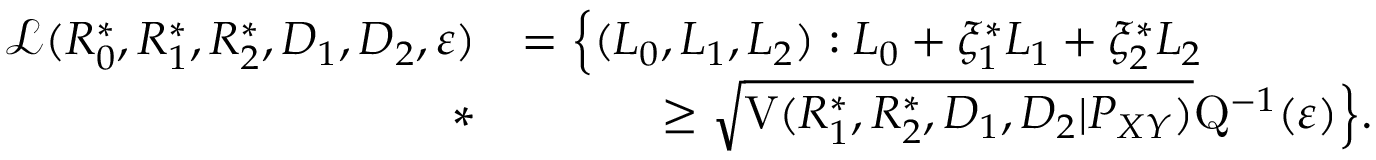
\begin{array} { r l } { \mathcal { L } ( R _ { 0 } ^ { * } , R _ { 1 } ^ { * } , R _ { 2 } ^ { * } , D _ { 1 } , D _ { 2 } , \varepsilon ) } & { = \Big \{ ( L _ { 0 } , L _ { 1 } , L _ { 2 } ) : L _ { 0 } + \xi _ { 1 } ^ { * } L _ { 1 } + \xi _ { 2 } ^ { * } L _ { 2 } } \\ { * } & { \qquad \quad \geq \sqrt { \mathrm { V } ( R _ { 1 } ^ { * } , R _ { 2 } ^ { * } , D _ { 1 } , D _ { 2 } | P _ { X Y } ) } \mathrm { Q } ^ { - 1 } ( \varepsilon ) \Big \} . } \end{array}